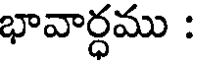
భావార్ధము :